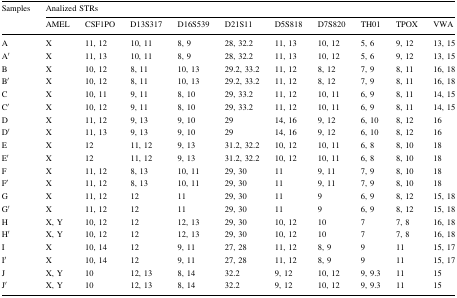
<table><thead><tr><td rowspan="2"><b>Samples</b></td><td colspan="10"><b>Analized STRs</b></td></tr><tr><td><b>AMEL</b></td><td><b>CSF1PO</b></td><td><b>D13S317</b></td><td><b>D16S539</b></td><td><b>D21S11</b></td><td><b>D5S818</b></td><td><b>D7S820</b></td><td><b>TH01</b></td><td><b>TPOX</b></td><td><b>VWA</b></td></tr></thead><tbody><tr><td>A</td><td>X</td><td>11, 12</td><td>10, 11</td><td>8, 9</td><td>28, 32.2</td><td>11, 13</td><td>10, 12</td><td>5, 6</td><td>9, 12</td><td>13, 15</td></tr><tr><td>A′</td><td>X</td><td>11, 13</td><td>10, 11</td><td>8, 9</td><td>28, 32.2</td><td>11, 13</td><td>10, 12</td><td>5, 6</td><td>9, 12</td><td>13, 15</td></tr><tr><td>B</td><td>X</td><td>10, 12</td><td>8, 11</td><td>10, 13</td><td>29.2, 33.2</td><td>11, 12</td><td>8, 12</td><td>7, 9</td><td>8, 11</td><td>16, 18</td></tr><tr><td>B′</td><td>X</td><td>10, 12</td><td>8, 11</td><td>10, 13</td><td>29.2, 33.2</td><td>11, 12</td><td>8, 12</td><td>7, 9</td><td>8, 11</td><td>16, 18</td></tr><tr><td>C</td><td>X</td><td>10, 11</td><td>9, 11</td><td>8, 10</td><td>29, 33.2</td><td>11, 12</td><td>10, 11</td><td>6, 9</td><td>8, 11</td><td>14, 15</td></tr><tr><td>C′</td><td>X</td><td>10, 12</td><td>9, 11</td><td>8, 10</td><td>29, 33.2</td><td>11, 12</td><td>10, 11</td><td>6, 9</td><td>8, 11</td><td>14, 15</td></tr><tr><td>D</td><td>X</td><td>11, 12</td><td>9, 13</td><td>9, 10</td><td>29</td><td>14, 16</td><td>9, 12</td><td>6, 10</td><td>8, 12</td><td>16</td></tr><tr><td>D′</td><td>X</td><td>11, 13</td><td>9, 13</td><td>9, 10</td><td>29</td><td>14, 16</td><td>9, 12</td><td>6, 10</td><td>8, 12</td><td>16</td></tr><tr><td>E</td><td>X</td><td>12</td><td>11, 12</td><td>9, 13</td><td>31.2, 32.2</td><td>10, 12</td><td>10, 11</td><td>6, 8</td><td>8, 10</td><td>18</td></tr><tr><td>E′</td><td>X</td><td>12</td><td>11, 12</td><td>9, 13</td><td>31.2, 32.2</td><td>10, 12</td><td>10, 11</td><td>6, 8</td><td>8, 10</td><td>18</td></tr><tr><td>F</td><td>X</td><td>11, 12</td><td>8, 13</td><td>10, 11</td><td>29, 30</td><td>11</td><td>9, 11</td><td>7, 9</td><td>8, 10</td><td>18</td></tr><tr><td>F′</td><td>X</td><td>11, 12</td><td>8, 13</td><td>10, 11</td><td>29, 30</td><td>11</td><td>9, 11</td><td>7, 9</td><td>8, 10</td><td>18</td></tr><tr><td>G</td><td>X</td><td>11, 12</td><td>12</td><td>11</td><td>29, 30</td><td>11</td><td>9</td><td>6, 9</td><td>8, 12</td><td>15, 18</td></tr><tr><td>G′</td><td>X</td><td>11, 12</td><td>12</td><td>11</td><td>29, 30</td><td>11</td><td>9</td><td>6, 9</td><td>8, 12</td><td>15, 18</td></tr><tr><td>H</td><td>X, Y</td><td>10, 12</td><td>12</td><td>12, 13</td><td>29, 30</td><td>10, 12</td><td>10</td><td>7</td><td>7, 8</td><td>16, 18</td></tr><tr><td>H′</td><td>X, Y</td><td>10, 12</td><td>12</td><td>12, 13</td><td>29, 30</td><td>10, 12</td><td>10</td><td>7</td><td>7, 8</td><td>16, 18</td></tr><tr><td>I</td><td>X</td><td>10, 14</td><td>12</td><td>9, 11</td><td>27, 28</td><td>11, 12</td><td>8, 9</td><td>9</td><td>11</td><td>15, 17</td></tr><tr><td>I′</td><td>X</td><td>10, 14</td><td>12</td><td>9, 11</td><td>27, 28</td><td>11, 12</td><td>8, 9</td><td>9</td><td>11</td><td>15, 17</td></tr><tr><td>J</td><td>X, Y</td><td>10</td><td>12, 13</td><td>8, 14</td><td>32.2</td><td>9, 12</td><td>10, 12</td><td>9, 9.3</td><td>11</td><td>15</td></tr><tr><td>J′</td><td>X, Y</td><td>10</td><td>12, 13</td><td>8, 14</td><td>32.2</td><td>9, 12</td><td>10, 12</td><td>9, 9.3</td><td>11</td><td>15</td></tr></tbody></table>